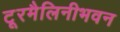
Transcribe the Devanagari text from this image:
टूरमैलिनीभवन